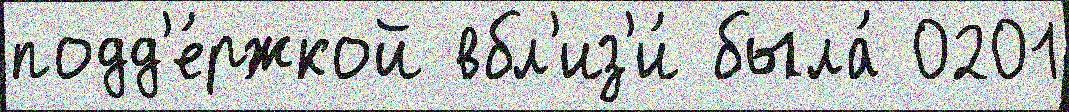
подд'е́ржкой вбл'из'и́ была́ 0201